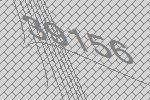
39156